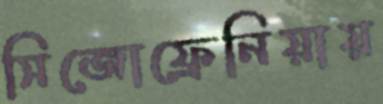
সিজোফ্রেনিয়ায়